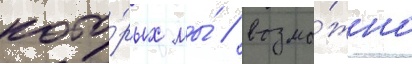
кото́рых мы́ / возмо́жно